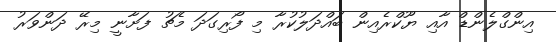
އިންގްލެންޑް އާއި ޔޫކްރެއިން ބައްދަލުކުރާ މި ފޯރިގަދަ މެޗު ފަށާނީ މިރޭ ދަންވަރު